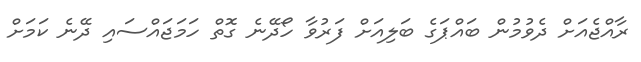
ރާއްޖެއަށް ދެވުމުން ބައްޕަގެ ބަލިއަށް ފަރުވާ ހޯދޭނެ ގޮތް ހަމަޖައްސައި ދޭނެ ކަމަށް